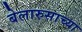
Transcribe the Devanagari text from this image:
बेलारुसाच्या